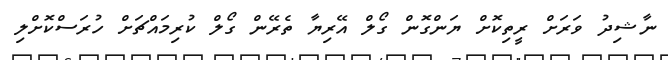
ނާޝިދު ވަރަށް ރީތިކޮށް ޔަންގޮން ގޯލް އޭރިޔާ ތެރޭން ގޯލް ކުރިމައްޗަށް ހުރަސްކޮށްލި